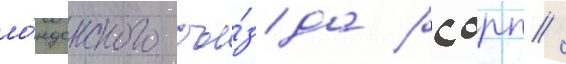
ло́ндонского съе́зда рсдрп /